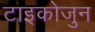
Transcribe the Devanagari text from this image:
टाइकोजुन